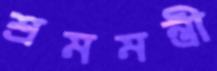
শ্রমমন্ত্রী